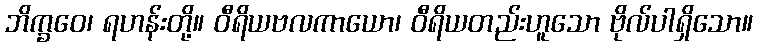
ဘိက္ခဝေ၊ ရဟန်းတို့။ ဝီရိယဗလကာယော၊ ဝီရိယတည်းဟူသော ဗိုလ်ပါရှိသော။